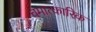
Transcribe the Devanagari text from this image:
चमात्कारिक